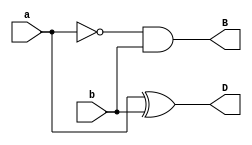
`timescale 1ns / 1ps
//////////////////////////////////////////////////////////////////////////////////
// Company: 
// Engineer: 
// 
// Design Name: 
// Module Name: HALFSUBRACTOR
// Project Name: 
// Target Devices: 
// Tool Versions: 
// Description: 
// 
// Dependencies: 
// 
// Revision:
// Revision 0.01 - File Created
// Additional Comments:
// 
//////////////////////////////////////////////////////////////////////////////////


module HALFSUBRACTOR(input a,b, output D,B );
assign D=a^b;
assign B=~a&b;
endmodule